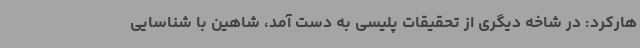
هارکرد: در شاخه دیگری از تحقیقات پلیسی به دست آمد، شاهین با شناسایی